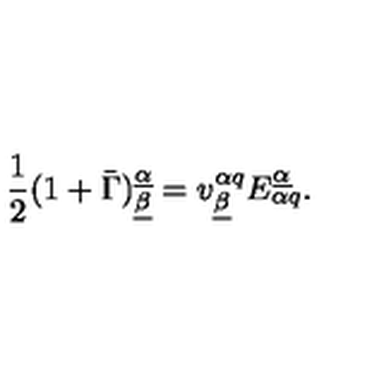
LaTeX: { \frac { 1 } { 2 } } ( 1 + \bar { \Gamma } ) _ { \underline { \beta } } ^ { \underline { \alpha } } = v _ { \underline { \beta } } ^ { \alpha q } E _ { \alpha q } ^ { \underline { \alpha } } .